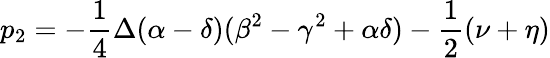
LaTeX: p_{2}=-\frac{1}{4}\Delta(\alpha-\delta)(\beta^{2}-\gamma^{2}+\alpha\delta)-\frac{1}{2}(\nu+\eta)